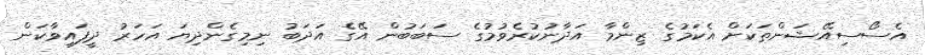
އެސޯސިއޭޝަންތަކަށް އެކަމުގެ ޒިންމާ އަދާނުކުރެވުމުގެ ސަބަބުން އޭގެ އަދަބު ނިމިގެންދިޔަ އަހަރު ދީފައިވާކަން